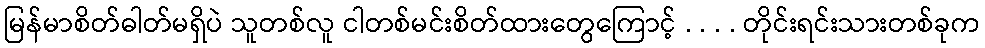
မြန်မာစိတ်ဓါတ်မရှိပဲ သူတစ်လူ ငါတစ်မင်းစိတ်ထားတွေကြောင့် . . . . တိုင်းရင်းသားတစ်ခုက